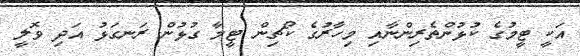
އަކީ ޓީމުގެ ކުޅުންތެރިންނާއި މިހާރުގެ ކޯޗިން ޓީމާ ގުޅުން ރަނގަޅު އަދި ވޮލީ